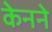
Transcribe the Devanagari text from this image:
केनने